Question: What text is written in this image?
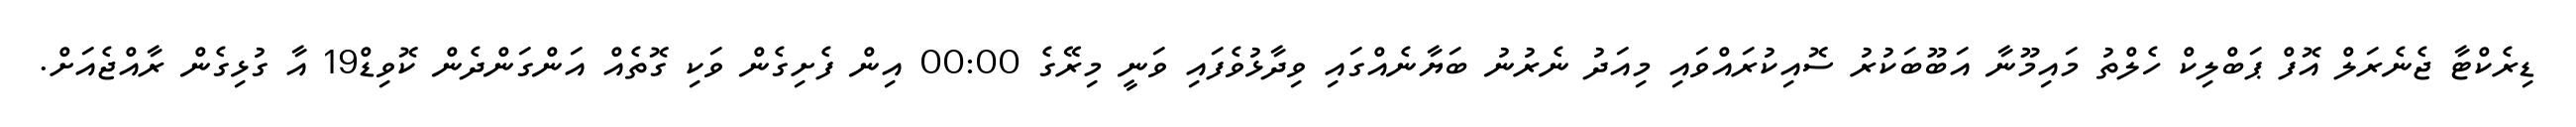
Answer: ޑިރެކްޓާ ޖެނެރަލް އޮފް ޕަބްލިކް ހެލްތު މައިމޫނާ އަބޫބަކުރު ސޮއިކުރައްވައި މިއަދު ނެރުނު ބަޔާނެއްގައި ވިދާޅުވެފައި ވަނީ މިރޭގެ 00:00 އިން ފެށިގެން ވަކި ގޮތެއް އަންގަންދެން ކޮވިޑް19 އާ ގުޅިގެން ރާއްޖެއަށް.